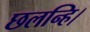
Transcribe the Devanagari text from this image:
छलन्हि।